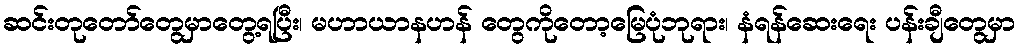
ဆင်းတုတော်တွေမှာတွေ့ရပြီး၊ မဟာယာနဟန် တွေကိုတော့မြေပုံဘုရား၊ နံရန်ဆေးရေး ပန်းချီတွေမှာ